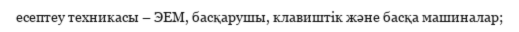
есептеу техникасы – ЭЕМ, басқарушы, клавиштік және басқа машиналар;